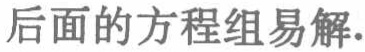
后面的方程组易解.